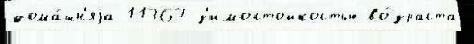
дома́шн'яjа 11367 з'имостойкостью во́зраста